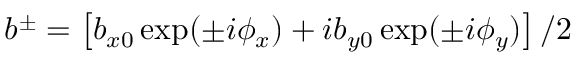
b ^ { \pm } = \left[ b _ { x 0 } \exp ( \pm i \phi _ { x } ) + i b _ { y 0 } \exp ( \pm i \phi _ { y } ) \right] / 2